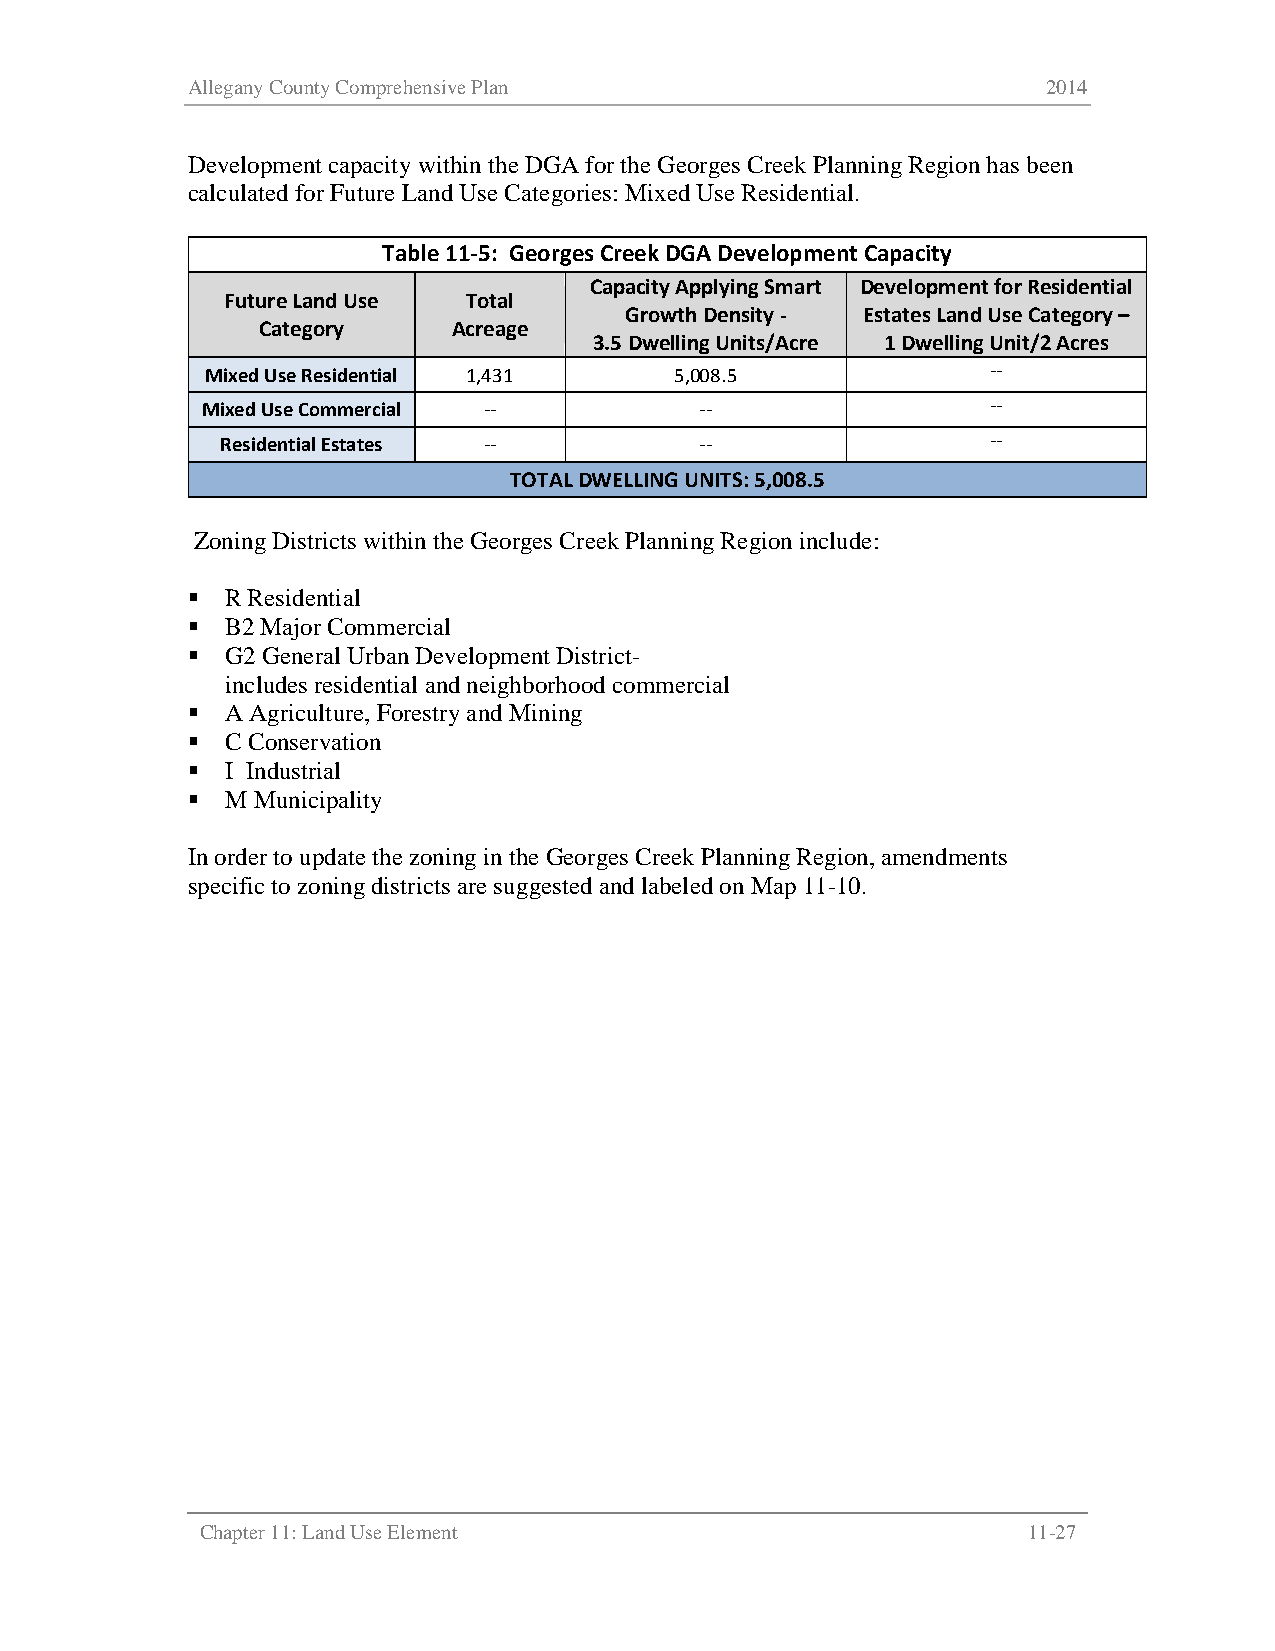
Allegany County Comprehensive Plan                       2014
 Development capacity within the DGA for the Georges Creek Planning Region has been
 calculated for Future Land Use Categories: Mixed Use Residential.
 Table 11-5: Georges Creek DGA Development Capacity
 Capacity Applying Smart Development for Residential
 Future Land Use Total
 Growth Density - Estates Land Use Category –
 Category     Acreage
 3.5 Dwelling Units/Acre 1 Dwelling Unit/2 Acres
 Mixed Use Residential 1,431    5,008.5              --
 Mixed Use Commercial --          --                  --
 Residential Estates --         --                  --
 TOTAL DWELLING UNITS: 5,008.5
 Zoning Districts within the Georges Creek Planning Region include:
   R Residential
   B2 Major Commercial
   G2 General Urban Development District-
 includes residential and neighborhood commercial
   A Agriculture, Forestry and Mining
   C Conservation
   I Industrial
   M Municipality
 In order to update the zoning in the Georges Creek Planning Region, amendments
 specific to zoning districts are suggested and labeled on Map 11-10.
 Chapter 11: Land Use Element                           11-27